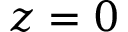
z = 0